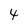
Character: 4